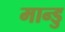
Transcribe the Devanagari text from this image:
मान्डु